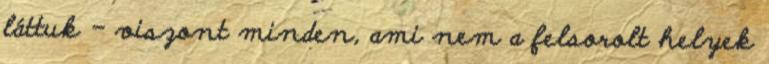
láttuk - viszont minden, ami nem a felsorolt helyek